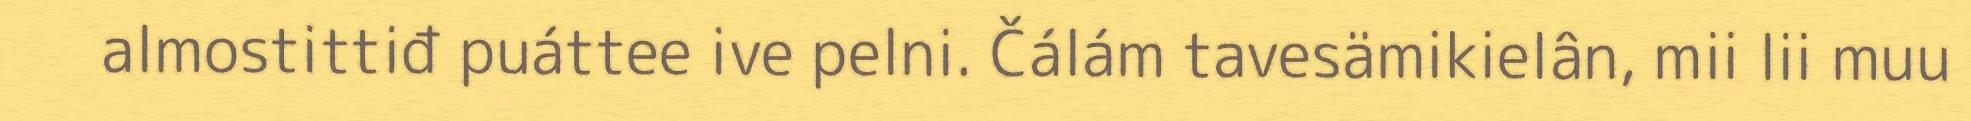
almostittiđ puáttee ive pelni. Čálám tavesämikielân, mii lii muu